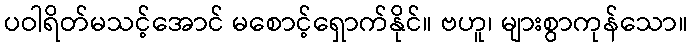
ပဝါရိတ်မသင့်အောင် မစောင့်ရှောက်နိုင်။ ဗဟူ၊ များစွာကုန်သော။